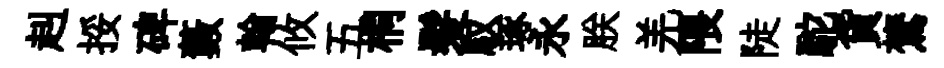
赳挼碑藪翰攸五桐髪馭琢永朕羌隈陡駝貨鷟